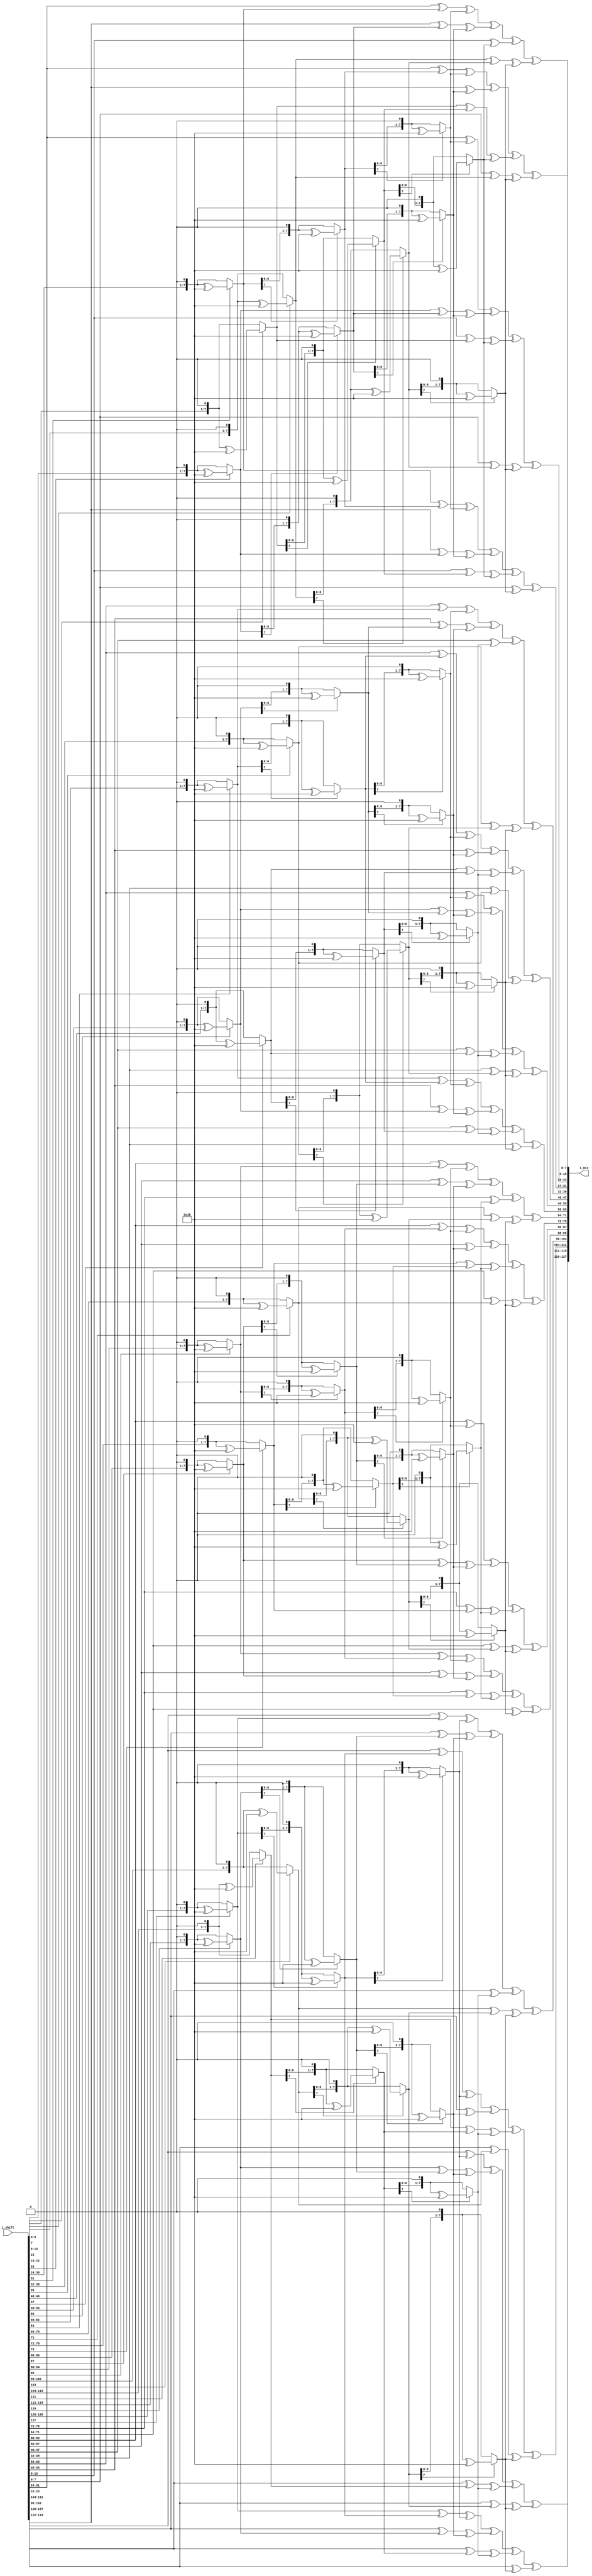
`timescale 1ns / 1ps
//////////////////////////////////////////////////////////////////////////////////
module mix_col_cp(
    // input wire clk,
    // input wire reset,
    input [0:127] i_shift,
    output [0:127] i_mix);

//1
assign i_mix[0:7] = x14(i_shift[0:7]) ^ x11(i_shift[8:15]) ^ x13(i_shift[16:23]) ^ x9(i_shift[24:31]);
assign i_mix[8:15] = x9(i_shift[0:7]) ^ x14(i_shift[8:15]) ^ x11(i_shift[16:23]) ^ x13(i_shift[24:31]);
assign i_mix[16:23] = x13(i_shift[0:7]) ^ x9(i_shift[8:15]) ^ x14(i_shift[16:23]) ^ x11(i_shift[24:31]);
assign i_mix[24:31] = x11(i_shift[0:7]) ^ x13(i_shift[8:15]) ^ x9(i_shift[16:23]) ^ x14(i_shift[24:31]);

//2
assign i_mix[32:39] = x14(i_shift[32:39]) ^ x11(i_shift[40:47]) ^ x13(i_shift[48:55]) ^ x9(i_shift[56:63]);
assign i_mix[40:47] = x9(i_shift[32:39]) ^ x14(i_shift[40:47]) ^ x11(i_shift[48:55]) ^ x13(i_shift[56:63]);
assign i_mix[48:55] = x13(i_shift[32:39]) ^ x9(i_shift[40:47]) ^ x14(i_shift[48:55]) ^ x11(i_shift[56:63]);
assign i_mix[56:63] = x11(i_shift[32:39]) ^ x13(i_shift[40:47]) ^ x9(i_shift[48:55]) ^ x14(i_shift[56:63]);

//3
assign i_mix[64:71] = x14(i_shift[64:71]) ^ x11(i_shift[72:79]) ^ x13(i_shift[80:87]) ^ x9(i_shift[88:95]);
assign i_mix[72:79] = x9(i_shift[64:71]) ^ x14(i_shift[72:79]) ^ x11(i_shift[80:87]) ^ x13(i_shift[88:95]);
assign i_mix[80:87] = x13(i_shift[64:71]) ^ x9(i_shift[72:79]) ^ x14(i_shift[80:87]) ^ x11(i_shift[88:95]);
assign i_mix[88:95] = x11(i_shift[64:71]) ^ x13(i_shift[72:79]) ^ x9(i_shift[80:87]) ^ x14(i_shift[88:95]);

//4
assign i_mix[96:103] = x14(i_shift[96:103]) ^ x11(i_shift[104:111]) ^ x13(i_shift[112:119]) ^ x9(i_shift[120:127]);
assign i_mix[104:111] = x9(i_shift[96:103]) ^ x14(i_shift[104:111]) ^ x11(i_shift[112:119]) ^ x13(i_shift[120:127]);
assign i_mix[112:119] = x13(i_shift[96:103]) ^ x9(i_shift[104:111]) ^ x14(i_shift[112:119]) ^ x11(i_shift[120:127]);
assign i_mix[120:127] = x11(i_shift[96:103]) ^ x13(i_shift[104:111]) ^ x9(i_shift[112:119]) ^ x14(i_shift[120:127]);

	// always @(posedge clk or negedge reset)
	// begin
        // assign i_mix = i_mix;
	// end
function [0:7] xtime;
input [0:7]i;
begin
if(i[0] ==0)
xtime = {i[1:7],1'b0};
else
xtime = {i[1:7],1'b0}^8'h1b;
end
endfunction

function [0:7] x14;
input [0:7]i;
begin
x14 = xtime(i) ^ xtime(xtime(i)) ^ xtime(xtime(xtime(i)));
end
endfunction

function [0:7] x13;
input [0:7]i;
begin
x13 = i ^ xtime(xtime(i)) ^ xtime(xtime(xtime(i)));
end
endfunction

function [0:7] x11;
input [0:7]i;
begin
x11 = i ^ xtime(i) ^ xtime(xtime(xtime(i)));
end
endfunction

function [0:7] x9;
input [0:7]i;
begin
x9 = i ^ xtime(xtime(xtime(i)));
end
endfunction


endmodule


module mix_tb_cp();
	// reg clk, reset;
	reg [0:127] inText;
	wire [0:127] outText;
	
    mix_col_cp mixTest(
        // .clk(clk),
        // .reset(reset),
	    .i_shift(inText),
	    .i_mix(outText));

// initial 
//   begin
//     reset = 1;
//     #5 reset = 0;
//     #10 reset = 1;
//   end
  
//   initial 
//   begin
//     clk = 0;
//     forever clk = #5 ~clk;
//   end
    initial
    begin

    //key = 128'h0105090d02060a0e03070b0f04080c10; #10;
    
    //inText = 128'h216242c6db17a2abe6388d1dfa3c6260; #10;

	   // key = 128'h0102030405060708090a0b0c0d0e0f10;
    	inText = 128'h21dbe6fa6217383c42a28d62c6ab1d60;
	end
    	initial begin $monitor ("%t: in_key=%h,out_key=%h", $time, inText, outText);
	//key = 128'h2b28ab097eaef7cf15d2154f16a6883c;
	//data= 128'h69c4e0d86a7b0430d8cdb78070b4c55a;
    end
endmodule